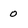
Character: 0